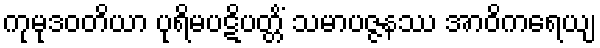
ကုမုဒဝတိယာ ပုရိမပဋိပတ္တိံ သမာပဇ္ဇနဿ အာဝိကရေယျ